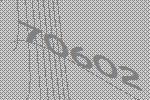
70602